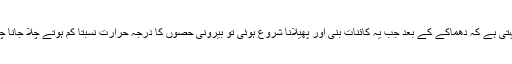
عقل یہ کہتی ہے کہ دھماکے کے بعد جب یہ کائنات بنی اور پھیلانا شروع ہوئی تو بیرونی حصوں کا درجہ حرارت نسبتاً کم ہوتے چلا جانا چاہیے تھا۔